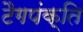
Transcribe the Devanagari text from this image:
टैगपंक्ति